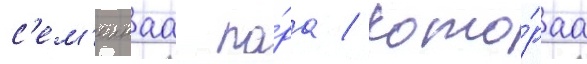
с'ем'еинаа па́ра / кото́раа